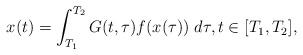
LaTeX: \begin{align*}x(t)=\int^{T_2}_{T_1}G(t,\tau)f(x(\tau))\;d\tau, t\in[T_1,T_2],\end{align*}